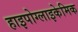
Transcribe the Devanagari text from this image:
हाइपोग्लाइकेमिक